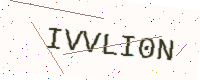
Text: IVVLI0N